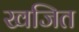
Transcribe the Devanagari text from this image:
खजित